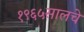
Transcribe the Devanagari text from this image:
१९६५सालचे